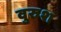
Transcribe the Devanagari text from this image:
वुरुश